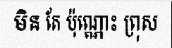
មិន តែ ប៉ុណ្ណោះ ព្រុស